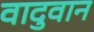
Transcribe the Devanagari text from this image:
वादुवान